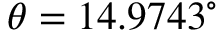
\theta = 1 4 . 9 7 4 3 ^ { \circ }